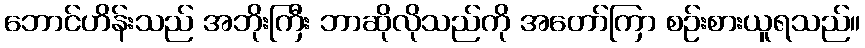
ဘောင်ဟိန်းသည် အဘိုးကြီး ဘာဆိုလိုသည်ကို အတော်ကြာ စဉ်းစားယူရသည်။